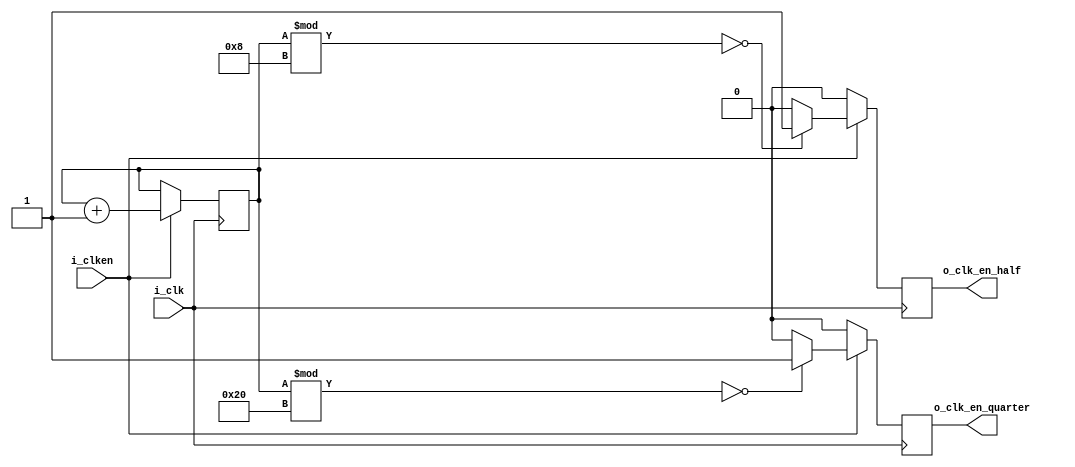
`timescale 1ns/1ns

module clock_enable_divider
	(
		input i_clk,
		input i_clken,
		
		output reg o_clk_en_half = 1'b0,
		output reg o_clk_en_quarter = 1'b0
	);

	// Counter that is incremented each clock cycle
	// Used in comparisons to drive the divided outputs
	reg [4:0] r_clk_counter = 5'b00;
	
	// Clock counter incrementer.
	// Each clock cycle will increment the clock counter by 1
	always @(posedge i_clk)
	begin
		if (i_clken)
		begin
			r_clk_counter <= r_clk_counter + 5'd1;
		end
	end

	// Comparison block.
	// Compare bits of the counter to know when to drive outputs
	always @(posedge i_clk)
	begin
		// Default values
		o_clk_en_half <= 1'b0;
		o_clk_en_quarter <= 1'b0;
		
		if (i_clken)
		begin
			if (r_clk_counter % 8 == 1'd0)
			begin
				o_clk_en_half <= 1'b1;
			end
			
			if (r_clk_counter % 32 == 1'd0)
			begin
				o_clk_en_quarter <= 1'b1;
			end
		end
	end
endmodule